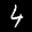
Label: 4